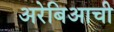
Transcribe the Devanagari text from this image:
अरेबिआची